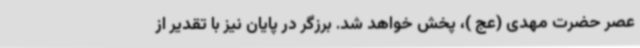
عصر حضرت مهدی (عج )، پخش خواهد شد. برزگر در پایان نیز با تقدیر از